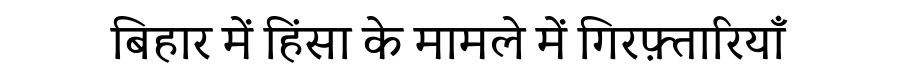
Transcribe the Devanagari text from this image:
बिहार में हिंसा के मामले में गिरफ़्तारियाँ